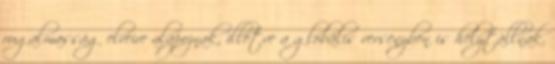
rugalmasság elveire alapoznak, illetve a globális versenyben is helytállnak.